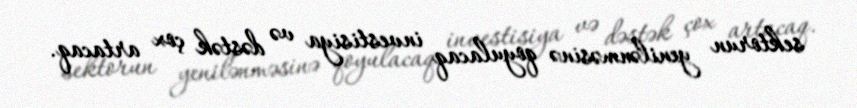
sektorun yenilənməsinə qoyulacaq investisiya və dəstək çox artacaq.